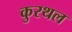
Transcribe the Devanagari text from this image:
कुरथल